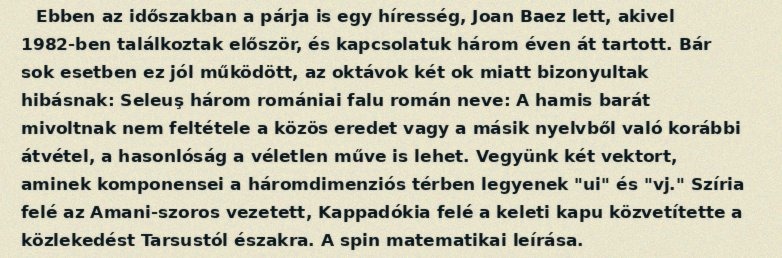
Ebben az időszakban a párja is egy híresség, Joan Baez lett, akivel 1982-ben találkoztak először, és kapcsolatuk három éven át tartott. Bár sok esetben ez jól működött, az oktávok két ok miatt bizonyultak hibásnak: Seleuş három romániai falu román neve: A hamis barát mivoltnak nem feltétele a közös eredet vagy a másik nyelvből való korábbi átvétel, a hasonlóság a véletlen műve is lehet. Vegyünk két vektort, aminek komponensei a háromdimenziós térben legyenek "ui" és "vj." Szíria felé az Amani-szoros vezetett, Kappadókia felé a keleti kapu közvetítette a közlekedést Tarsustól északra. A spin matematikai leírása.